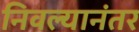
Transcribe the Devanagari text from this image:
निवल्यानंतर